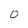
Character: 0